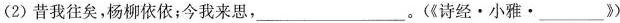
(2)昔我往矣，杨柳依依；今我来思，___。(《诗经·小雅·___》)